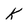
Character: k